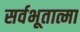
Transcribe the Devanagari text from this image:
सर्वभूतात्मा